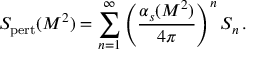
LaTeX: S _ { \mathrm { p e r t } } ( M ^ { 2 } ) = \sum _ { n = 1 } ^ { \infty } \Bigg ( { \frac { \alpha _ { s } ( M ^ { 2 } ) } { 4 \pi } } \Bigg ) ^ { n } \, S _ { n } \, .